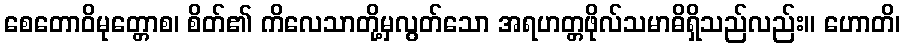
စေတောဝိမုတ္တောစ၊ စိတ်၏ ကိလေသာတို့မှလွတ်သော အရဟတ္တဖိုလ်သမာဓိရှိသည်လည်း။ ဟောတိ၊